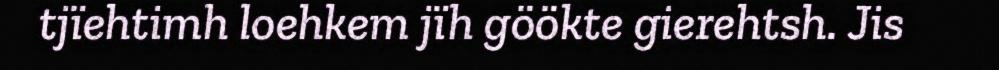
tjïehtimh loehkem jïh göökte gierehtsh. Jis